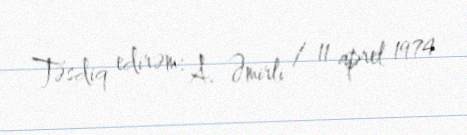
Təsdiq edirəm: A. Əmirli / 11 aprel 1974